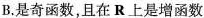
B.是奇函数，且在R上是增函数